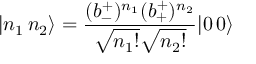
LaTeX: | n _ { 1 } \, n _ { 2 } \rangle = \frac { ( b _ { - } ^ { + } ) ^ { n _ { 1 } } ( b _ { + } ^ { + } ) ^ { n _ { 2 } } } { \sqrt { n _ { 1 } ! } \sqrt { n _ { 2 } ! } } | 0 \, 0 \rangle